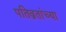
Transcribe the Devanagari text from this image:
पतिव्रतांच्या